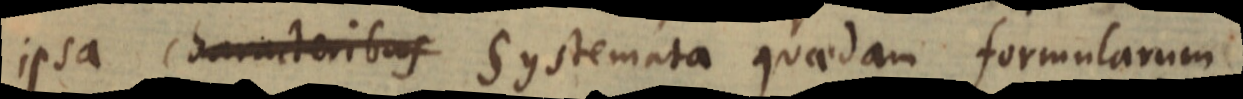
ipsa characteribus systemata quaedam formularum